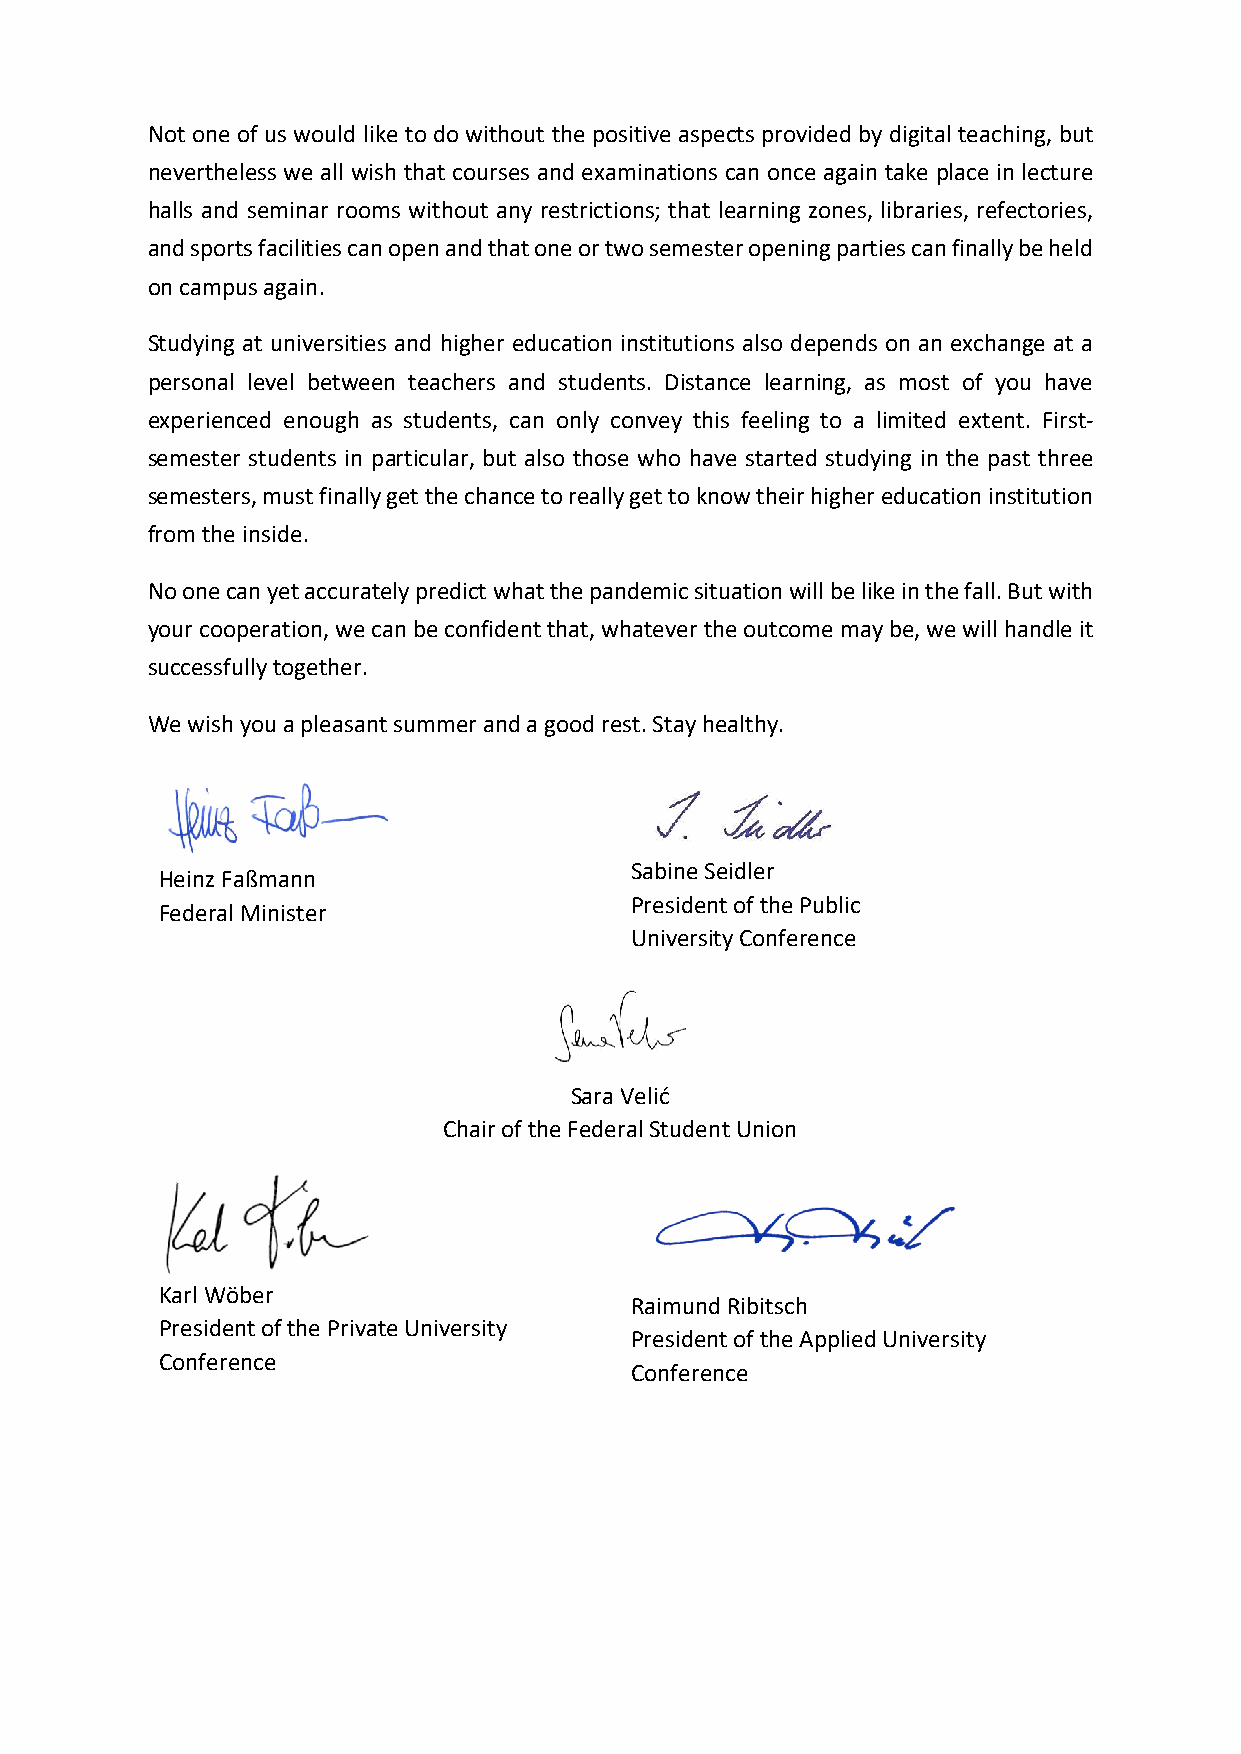
Not one of us would like to do without the positive aspects provided by digital teaching, but
 nevertheless we all wish that courses and examinations can once again take place in lecture
 halls and seminar rooms without any restrictions; that learning zones, libraries, refectories,
 and sports facilities can open and that one or two semester opening parties can finally be held
 on campus again.
 Studying at universities and higher education institutions also depends on an exchange at a
 personal level between teachers and students. Distance learning, as most of you have
 experienced enough as students, can only convey this feeling to a limited extent. First-
 semester students in particular, but also those who have started studying in the past three
 semesters, must finally get the chance to really get to know their higher education institution
 from the inside.
 No one can yet accurately predict what the pandemic situation will be like in the fall. But with
 your cooperation, we can be confident that, whatever the outcome may be, we will handle it
 successfully together.
 We wish you a pleasant summer and a good rest. Stay healthy.
 Sabine Seidler
 Heinz Faßmann
 President of the Public
 Federal Minister
 University Conference
 Sara Velić
 Chair of the Federal Student Union
 Karl Wöber
 Raimund Ribitsch
 President of the Private University
 President of the Applied University
 Conference
 Conference